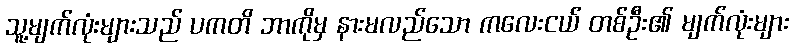
သူ့မျက်လုံးများသည် ပကတိ ဘာကိုမှ နားမလည်သော ကလေးငယ် တစ်ဦး၏ မျက်လုံးများ